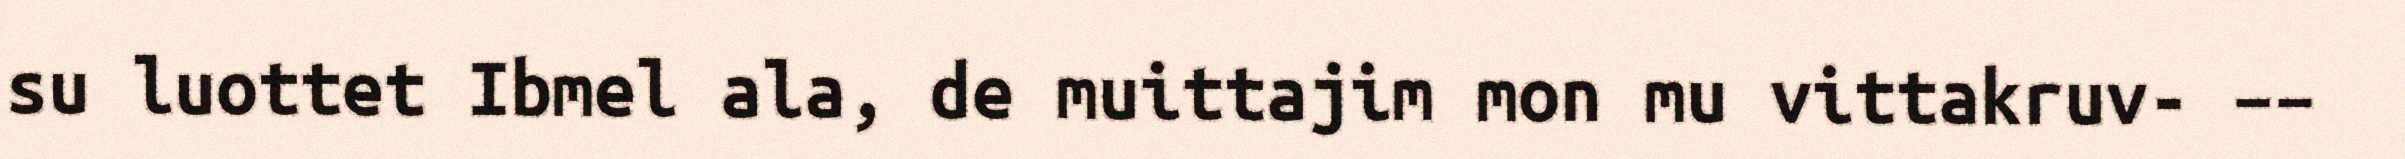
su luottet Ibmel ala, de muittajim mon mu vittakruv- ––